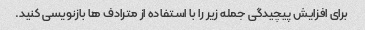
برای افزایش پیچیدگی جمله زیر را با استفاده از مترادف ها بازنویسی کنید.